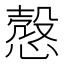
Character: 慤